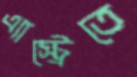
এ্যাস্ট্রেতে